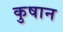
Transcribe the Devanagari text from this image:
कुषान